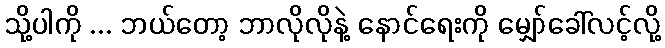
သို့ပါကို ... ဘယ်တော့ ဘာလိုလိုနဲ့ နောင်ရေးကို မျှော်ခေါ်လင့်လို့